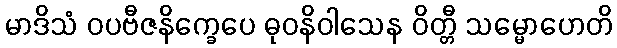
မာဒိသံ ဝပဗီဇနိက္ခေပေ ဓုဝနိဝါသေန ဝိတ္တီ သမ္မောဟေတိ